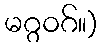
မဂ္ဂဝဂ်။)